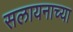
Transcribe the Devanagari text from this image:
सलायनाच्या